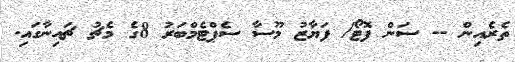
ތެރެއިން -- ސަން ފޮޓޯ/ ފަޔާޒު މޫސާ ސެޕްޓެމްބަރު 8ގެ މެޗު ޗައިނާގައި.